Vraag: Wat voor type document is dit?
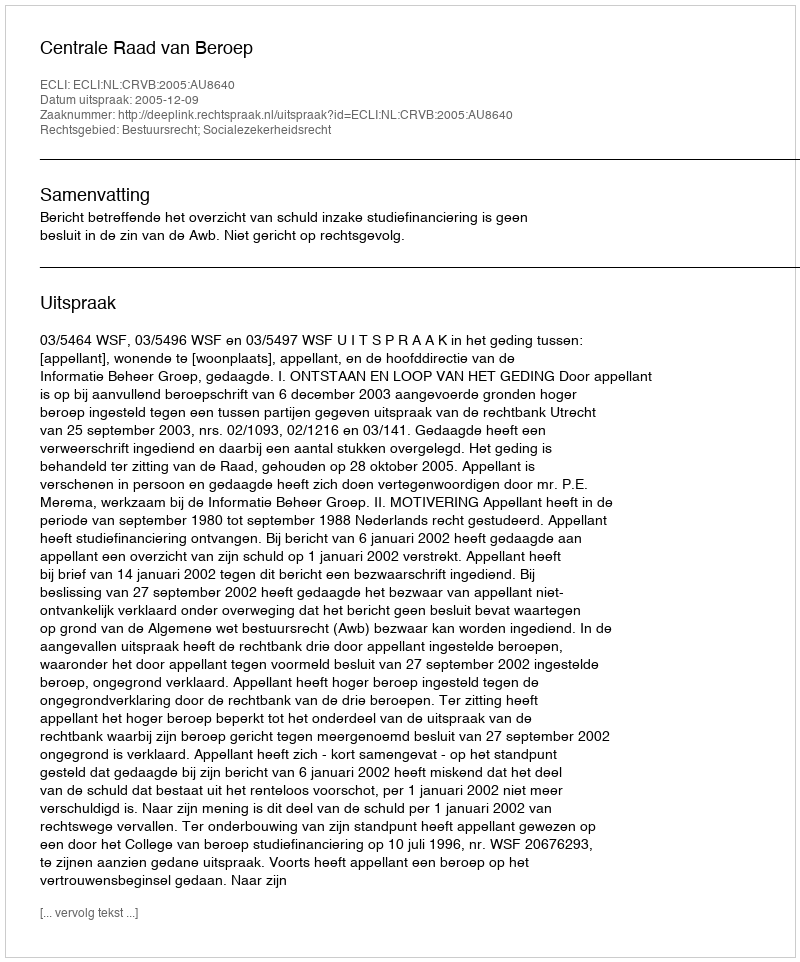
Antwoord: Uitspraak